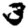
Digit: 3